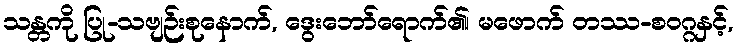
သန္တကို ပြု-သဗျဉ်းစုနောက်, ဒွေးဘော်ရောက်၏၊ မဖောက် တဿ-စဝဂ္ဂနှင့်,